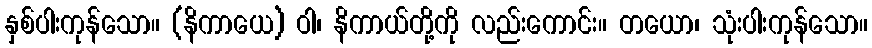
နှစ်ပါးကုန်သော။ (နိကာယေ) ဝါ၊ နိကာယ်တို့ကို လည်းကောင်း။ တယော၊ သုံးပါးကုန်သော။